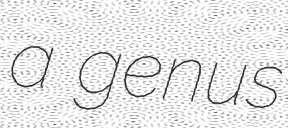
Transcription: a genus